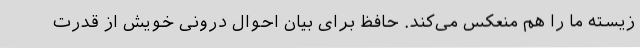
زیسته‌ ما را هم منعکس می‌کند. حافظ برای بیان احوال درونی خویش از قدرت